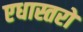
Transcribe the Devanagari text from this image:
एधास्तरों